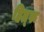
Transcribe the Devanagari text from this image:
हिब्र्रू